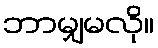
ဘာမျှမလို။